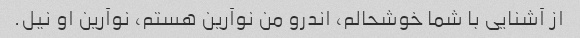
از آشنایی با شما خوشحالم، اندرو من نوآرین هستم، نوآرین او نیل.